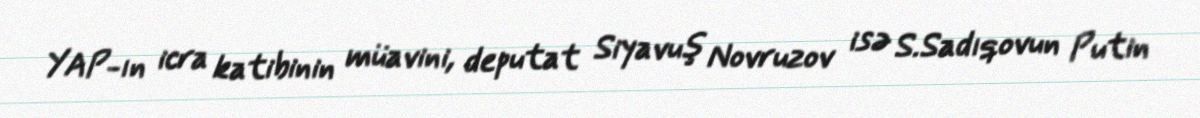
YAP-ın icra katibinin müavini, deputat Siyavuş Novruzov isə S.Sadıqovun Putin